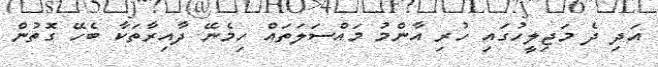
އަދި ދެ މަޖިލީހުގައި ހުރި އާންމު މައްސަލަތައް ހިމެނޭ ދާއިރާތަކާ ބެހޭ ގޮތުން